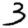
Digit: 3